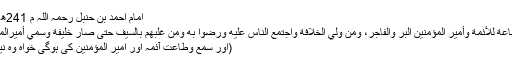
امام احمد بن حنبل رحمہ اللہ م 241ھ فرماتے ہیں:
’’والسمع والطاعة للأئمة وأمير المؤمنين البر والفاجر، ومن ولي الخلافة واجتمع الناس عليه ورضوا به ومن غلبهم بالسيف حتى صار خليفة وسمي أميرالمؤمنين‘‘([2])
(اور سمع وطاعت آئمہ اور امیر المؤمنین کی ہوگی خواہ وہ نیک ہوں یا بد۔